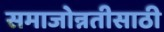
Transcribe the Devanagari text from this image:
समाजोन्नतीसाठी